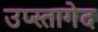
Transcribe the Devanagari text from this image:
उप्स्तागेद